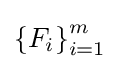
\left\{F_{i}\right\}_{i=1}^{m}